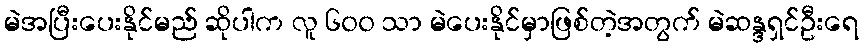
မဲအပြီးပေးနိုင်မည် ဆိုပါက လူ ၆၀၀ သာ မဲပေးနိုင်မှာဖြစ်တဲ့အတွက် မဲဆန္ဒရှင်ဦးရေ